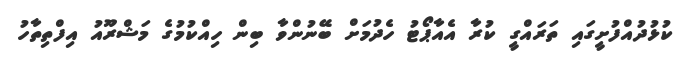
ކުޅުދުއްފުށީގައި ތަރައްގީ ކުރާ އެއާޕޯޓު ހެދުމަށް ބޭނުންވާ ބިން ހިއްކުމުގެ މަޝްރޫއު އިފްތިތާހު